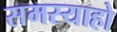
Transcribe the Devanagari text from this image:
समस्याहो